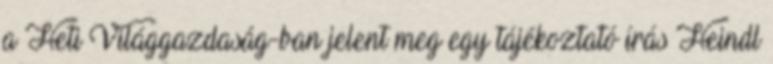
a Heti Világgazdaság-ban jelent meg egy tájékoztató írás Heindl